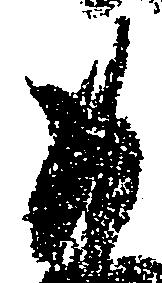
如